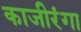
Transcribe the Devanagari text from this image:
काजीरंगा